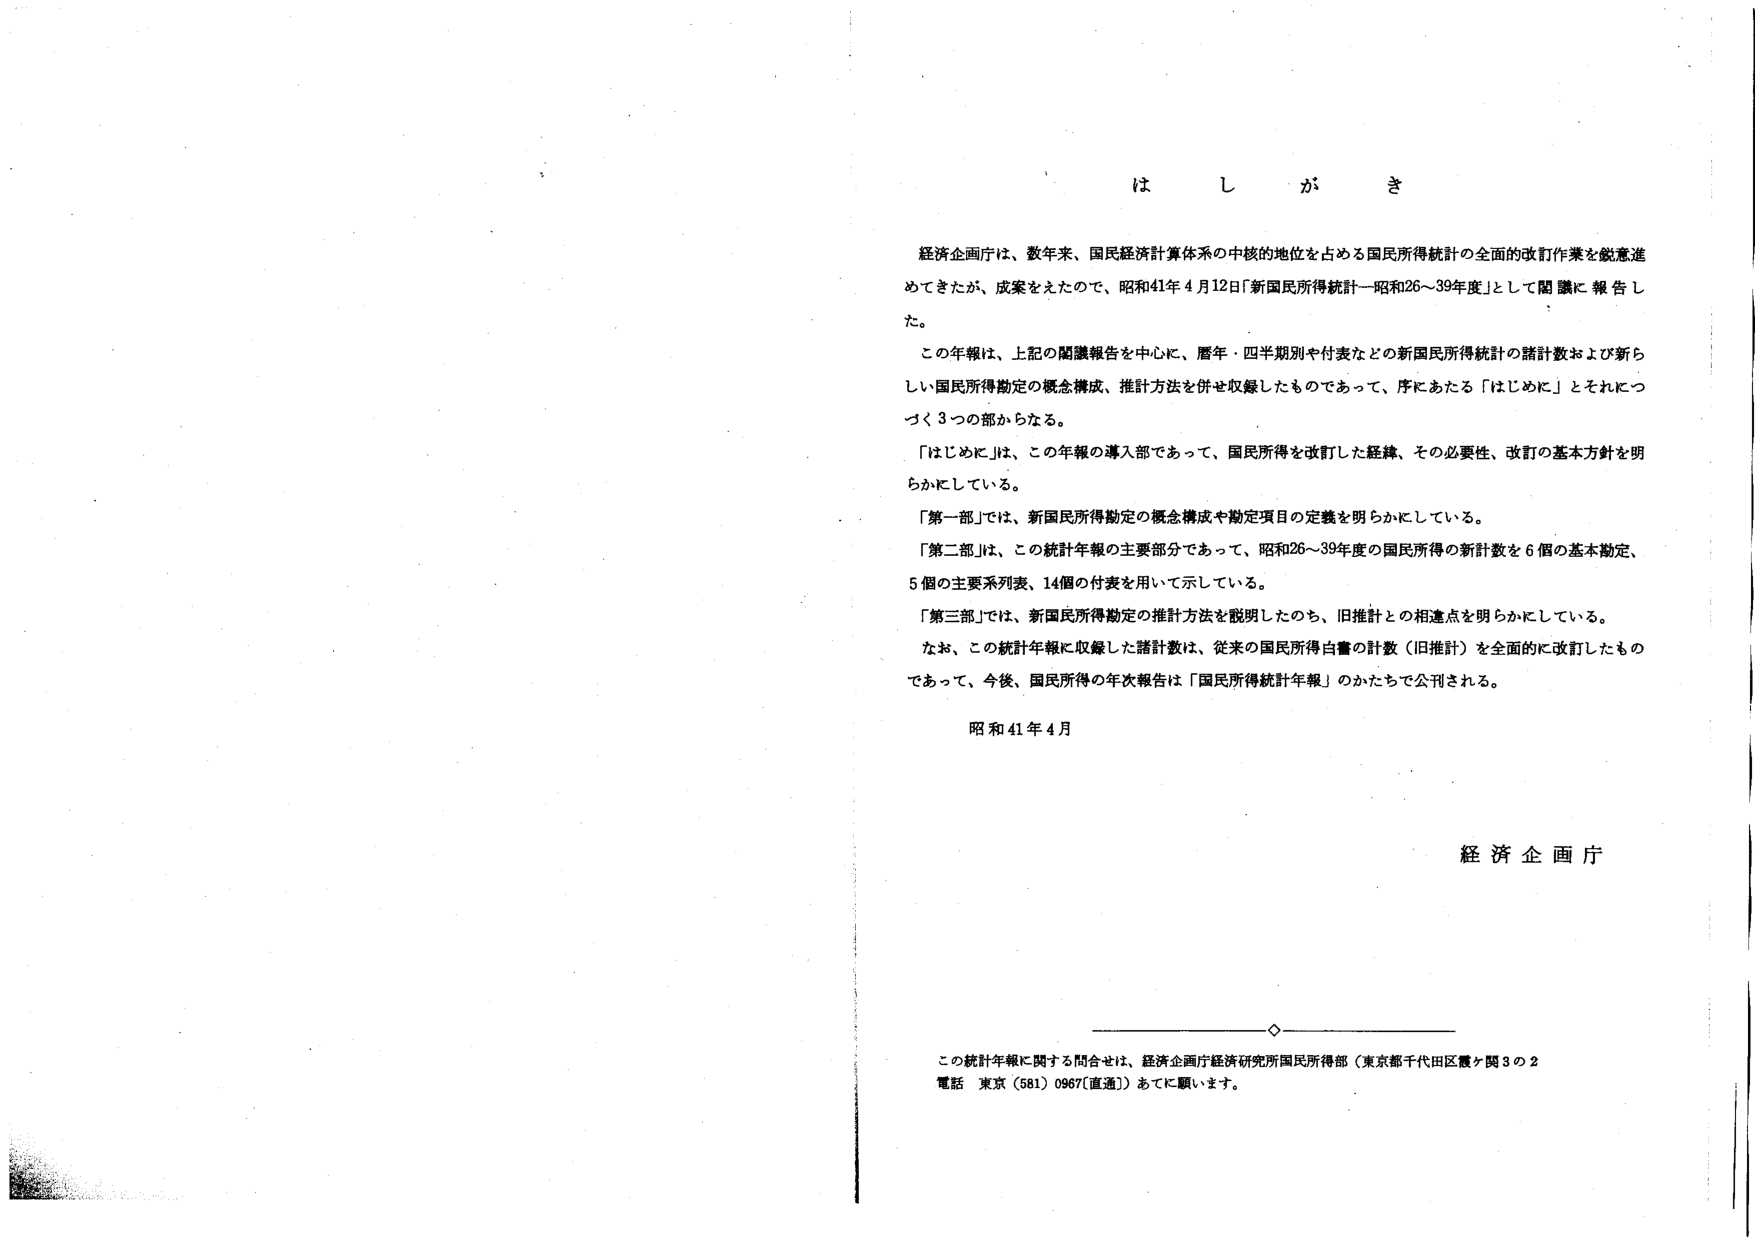
は し が き

経済企画庁は、数年来、国民経済計算体系の中核的地位を占める国民所得統計の全面的改訂作業を鋭意進めてきたが、成案をえたので、昭和41年4月12日「新国民所得統計―昭和26～39年度」として閣議に報告した。

この年報は、上記の閣議報告を中心に、暦年・四半期別や付表などの新国民所得統計の諸計数および新しい国民所得勘定の概念構成、推計方法を併せ収録したものであって、序にあたる「はじめに」とそれにつく3つの部からなる。

「はじめに」は、この年報の導入部であって、国民所得を改訂した経緯、その必要性、改訂の基本方針を明らかにしている。

「第一部」では、新国民所得勘定の概念構成や勘定項目の定義を明らかにしている。

「第二部」は、この統計年報の主要部分であって、昭和26～39年度の国民所得の新計数を6個の基本勘定、5個の主要系列表、14個の付表を用いて示している。

「第三部」では、新国民所得勘定の推計方法を説明したのち、旧推計との相違点を明らかにしている。

なお、この統計年報に収録した諸計数は、従来の国民所得白書の計数（旧推計）を全面的に改訂したものであって、今後、国民所得の年次報告は「国民所得統計年報」のかたちで公刊される。

昭和41年4月

経済企画庁

この統計年報に関する問合せは、経済企画庁経済研究所国民所得部（東京都千代田区霞ヶ関3の2 電話 東京（581）0967〔直通〕）あてに願います。